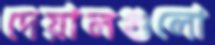
দেয়ালগুলো